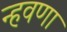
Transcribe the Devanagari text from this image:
न्हवणा